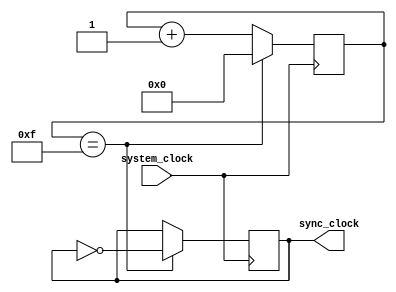
module timing_control_and_sync (
    input wire system_clock,
    output wire sync_clock
);

reg [3:0] count;
reg sync_clock;

always @(posedge system_clock) begin
    if (count == 4'b1111) begin
        count <= 4'b0000;
        sync_clock <= ~sync_clock;
    end else begin
        count <= count + 1;
    end
end

endmodule